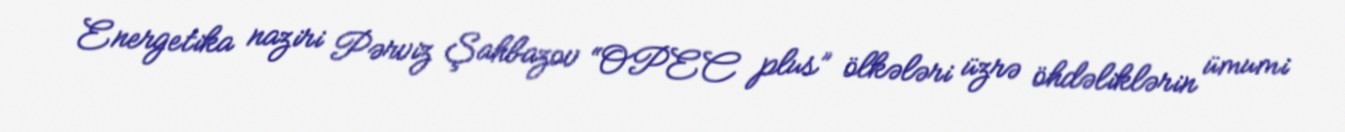
Energetika naziri Pərviz Şahbazov “OPEC plus” ölkələri üzrə öhdəliklərin ümumi